Indian journal of veterinary science and animal husbandry - Volumes 22-23, 1952-1953
Year: 1952
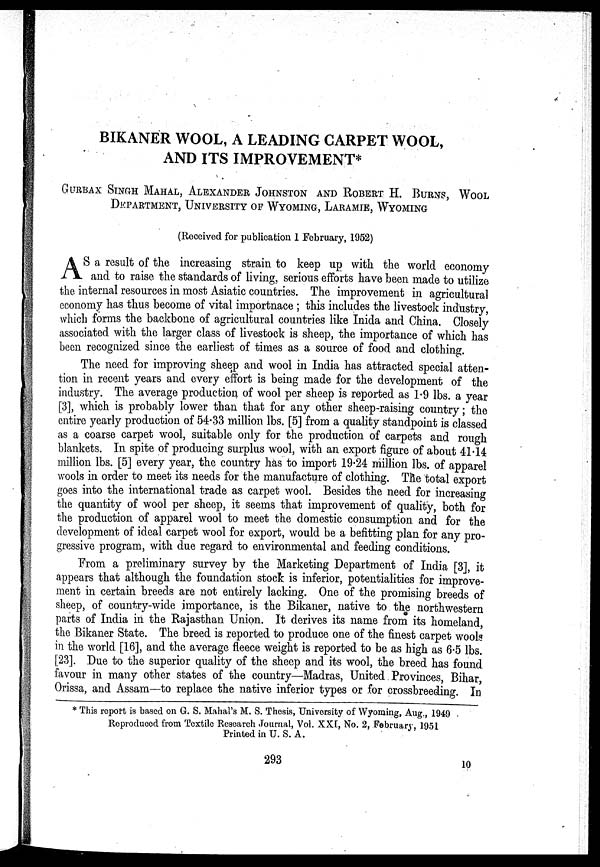
BIKANER WOOL, A LEADING CARPET WOOL,
AND ITS IMPROVEMENT*
GURBAX SINGH MAHAL, ALEXANDER JOHNSTON AND ROBERT H. BURNS,WOOL
DEPARTMENT, UNIVERSITY OF WYOMING, LARAMIE, WYOMING
(Received for publication 1 February, 1952)
A S a result of the increasing strain to keep up with the world economy
and to raise the standards of living, serious efforts have been made to utilize
the internal resources in most Asiatic countries. The improvement in agricultural
economy has thus become of vital importnace; this includes the livestock industry,
which forms the backbone of agricultural countries like Inida and China. Closely
associated with the larger class of livestock is sheep, the importance of which has
been recognized since the earliest of times as a source of food and clothing.
The need for improving sheep and wool in India has attracted special atten-
tion in recent years and every effort is being made for the development of the
industry. The average production of wool per sheep is reported as 1.9 lbs. a year
[3], which is probably lower than that for any other sheep-raising country; the
entire yearly production of 54.33 million lbs. [5] from a quality standpoint is classed
as a coarse carpet wool, suitable only for the production of carpets and rough
blankets. In spite of producing surplus wool, with an export figure of about 41.14
million lbs. [5] every year, the country has to import 19.24 million lbs. of apparel
wools in order to meet its needs for the manufacture of clothing. The total export
goes into the international trade as carpet wool. Besides the need for increasing
the quantity of wool per sheep, it seems that improvement of quality, both for
the production of apparel wool to meet the domestic consumption and for the
development of ideal carpet wool for export, would be a befitting plan for any pro-
gressive program, with due regard to environmental and feeding conditions.
From a preliminary survey by the Marketing Department of India [3], it
appears that although the foundation stock is inferior, potentialities for improve-
ment in certain breeds are not entirely lacking. One of the promising breeds of
sheep, of country-wide importance, is the Bikaner, native to the northwestern
parts of India in the Rajasthan Union. It derives its name from its homeland,
the Bikaner State. The breed is reported to produce one of the finest carpet wools
in the world [16], and the average fleece weight is reported to be as high as 6.5 lbs.
[23]. Due to the superior quality of the sheep and its wool, the breed has found
favour in many other states of the country—Madras, United Provinces, Bihar,
Orissa, and Assam—to replace the native inferior types or for crossbreeding. In
* This report is based on G. S. Mahal's M. S. Thesis, University of Wyoming, Aug., 1949
Reproduced from Textile Research Journal, Vol. XXI, No. 2, February, 1951
Printed in U. S. A.
293
10